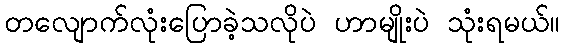
တလျောက်လုံးပြောခဲ့သလိုပဲ ဟာမျိုးပဲ သုံးရမယ်။